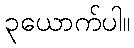
၃ယောက်ပါ။